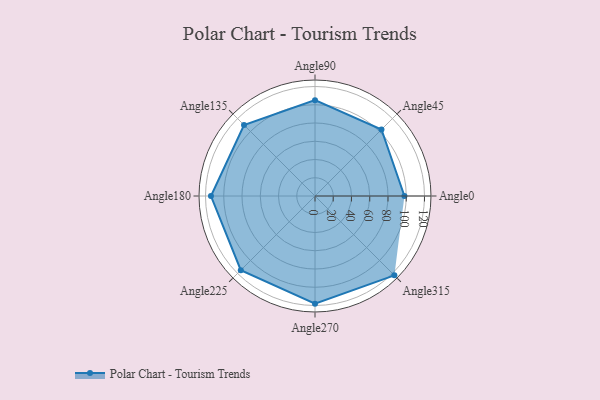
{"axis": {"x": "Angle", "y": "Radius"}, "legend": [""], "data": [{"x": "Angle0", "y": 98.0, "type": ""}, {"x": "Angle45", "y": 103.0, "type": ""}, {"x": "Angle90", "y": 105.0, "type": ""}, {"x": "Angle135", "y": 110.0, "type": ""}, {"x": "Angle180", "y": 114.0, "type": ""}, {"x": "Angle225", "y": 115.0, "type": ""}, {"x": "Angle270", "y": 118.0, "type": ""}, {"x": "Angle315", "y": 123.0, "type": ""}]}